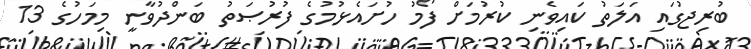
ބުރިޖުގައި އަލަތު ކައިވެނި ކުރުމަށް ފޯމު ހުށައެޅުމުގެ ފުރުޞަތު ބަންދުވާނީ މިމަހުގެ 13